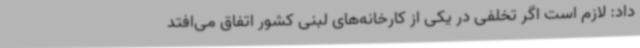
داد: لازم است اگر تخلفی در یکی از کارخانه‌های لبنی کشور اتفاق می‌افتد